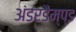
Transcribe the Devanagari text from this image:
अंडरडैम्प्ड